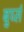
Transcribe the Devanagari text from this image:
बुर्घ्स